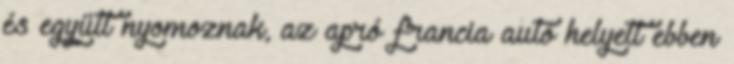
és együtt nyomoznak, az apró francia autó helyett ebben